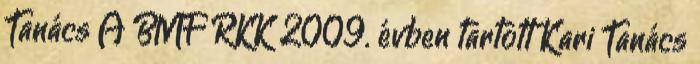
Tanács A BMF RKK 2009. évben tartott Kari Tanács